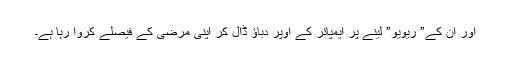
اور ان کے” ریویو” لینے پر ایمپائر کے اوپر دباؤ ڈال کر اپنی مرضی کے فیصلے کروا رہا ہے۔